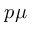
p \mu